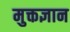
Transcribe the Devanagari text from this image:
मुक्तज्ञान